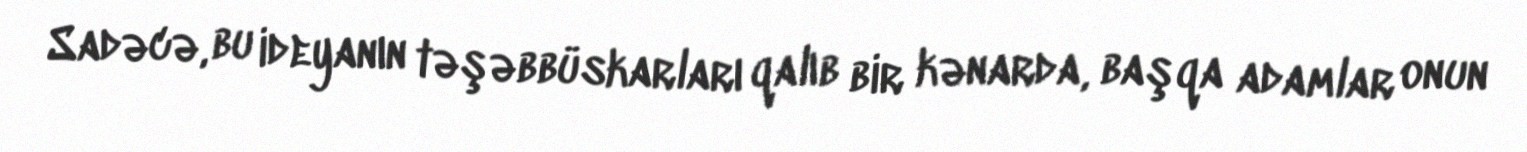
Sadəcə, bu ideyanın təşəbbüskarları qalıb bir kənarda, başqa adamlar onun